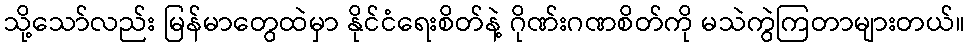
သို့သော်လည်း မြန်မာတွေထဲမှာ နိုင်ငံရေးစိတ်နဲ့ ဂိုဏ်းဂဏစိတ်ကို မသဲကွဲကြတာများတယ်။